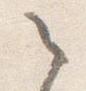
之